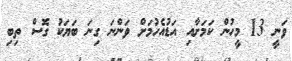
ވަނީ 13 މީހުން ކަމަށާއި އަޑުއެހުމަށް ވަންނަ ގިނަ ބަޔަކު ގޮސް ތިބި